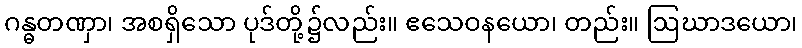
ဂန္ဓတဏှာ၊ အစရှိသော ပုဒ်တို့၌လည်း။ ဧသေဝနယော၊ တည်း။ ဩဃာဒယော၊